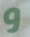
و